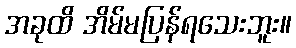
အခုထိ အိမ်မပြန်ရသေးဘူး။